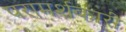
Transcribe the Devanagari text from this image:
परामर्शकारी